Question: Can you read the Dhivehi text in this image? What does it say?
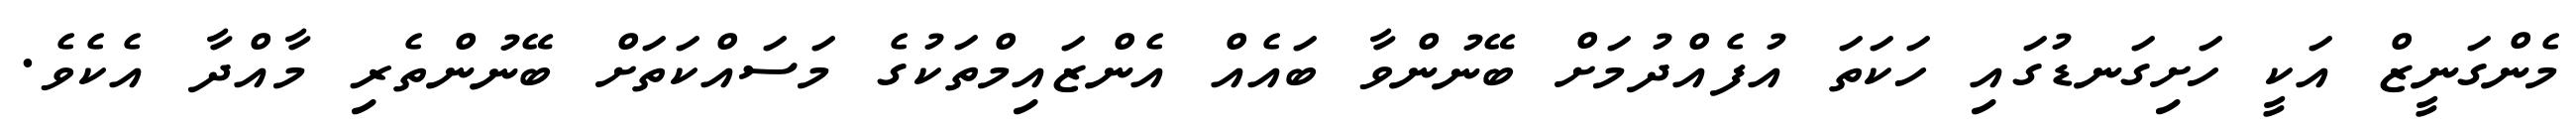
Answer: މެންގަނީޒް އަކީ ހަށިގަނޑުގައި ހަކަތަ އުފެއްދުމަށް ބޭނުންވާ ބައެއް އެންޒައިމްތަކުގެ މަސައްކަތަށް ބޭނުންތެރި މާއްދާ އެކެވެ.